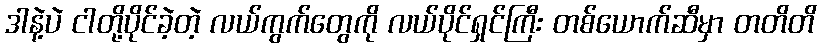
ဒါနဲ့ပဲ ငါတို့ပိုင်ခဲ့တဲ့ လယ်ကွက်တွေကို လယ်ပိုင်ရှင်ကြီး တစ်ယောက်ဆီမှာ တတိတိ